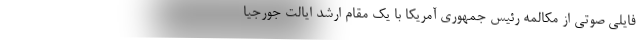
فایلی صوتی از مکالمه رئیس جمهوری آمریکا با یک مقام ارشد ایالت جورجیا